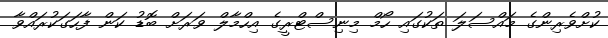
ކުށްވެރިންގެ މައްސަލަ ތަކުގައި ހޯމް މިނިސްޓްރީގެ އިހްމާލް ވަރަށް ބޮޑު ކަން ފާހަގަކުރައްވާ